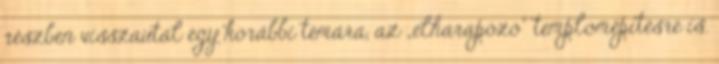
részben visszautal egy korábbi témára, az „elharapózó” templomépítésre is.